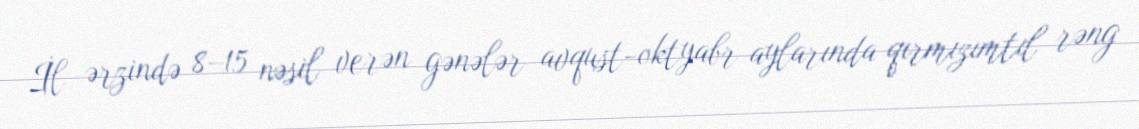
İl ərzində 8–15 nəsil verən gənələr avqust-oktyabr aylarında qırmızımtıl rəng